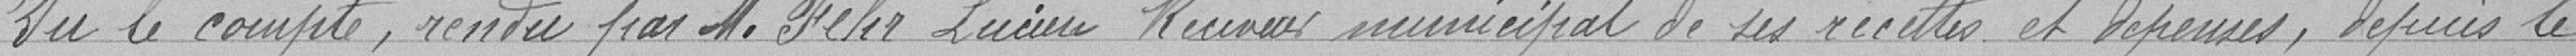
Vu le compte , rendu par M. Feler Lucien Receveur municipal de ses recettes et Dépenses , depuis le